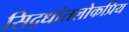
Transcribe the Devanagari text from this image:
सिद्धांतलोकप्रिय